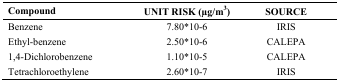
<table><thead><tr><td><b>Compound</b></td><td><b>UNIT RISK (μg/m<sup>3</sup>)</b></td><td><b>SOURCE</b></td></tr></thead><tbody><tr><td>Benzene</td><td>7.80*10-6</td><td>IRIS</td></tr><tr><td>Ethyl-benzene</td><td>2.50*10-6</td><td>CALEPA</td></tr><tr><td>1,4-Dichlorobenzene</td><td>1.10*10-5</td><td>CALEPA</td></tr><tr><td>Tetrachloroethylene</td><td>2.60*10-7</td><td>IRIS</td></tr></tbody></table>